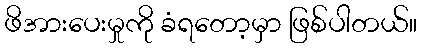
ဖိအားပေးမှုကို ခံရတော့မှာ ဖြစ်ပါတယ်။